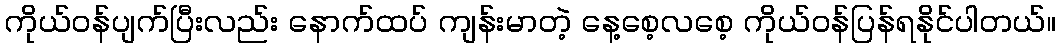
ကိုယ်ဝန်ပျက်ပြီးလည်း နောက်ထပ် ကျန်းမာတဲ့ နေ့စေ့လစေ့ ကိုယ်ဝန်ပြန်ရနိုင်ပါတယ်။